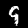
Digit: 9